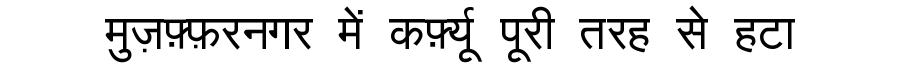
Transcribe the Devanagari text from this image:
मुज़फ़्फ़रनगर में कर्फ़्यू पूरी तरह से हटा